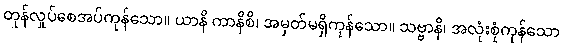
တုန်လှုပ်စေအပ်ကုန်သော။ ယာနိ ကာနိစိ၊ အမှတ်မရှိကုန်သော။ သဗ္ဗာနိ၊ အလုံးစုံကုန်သော